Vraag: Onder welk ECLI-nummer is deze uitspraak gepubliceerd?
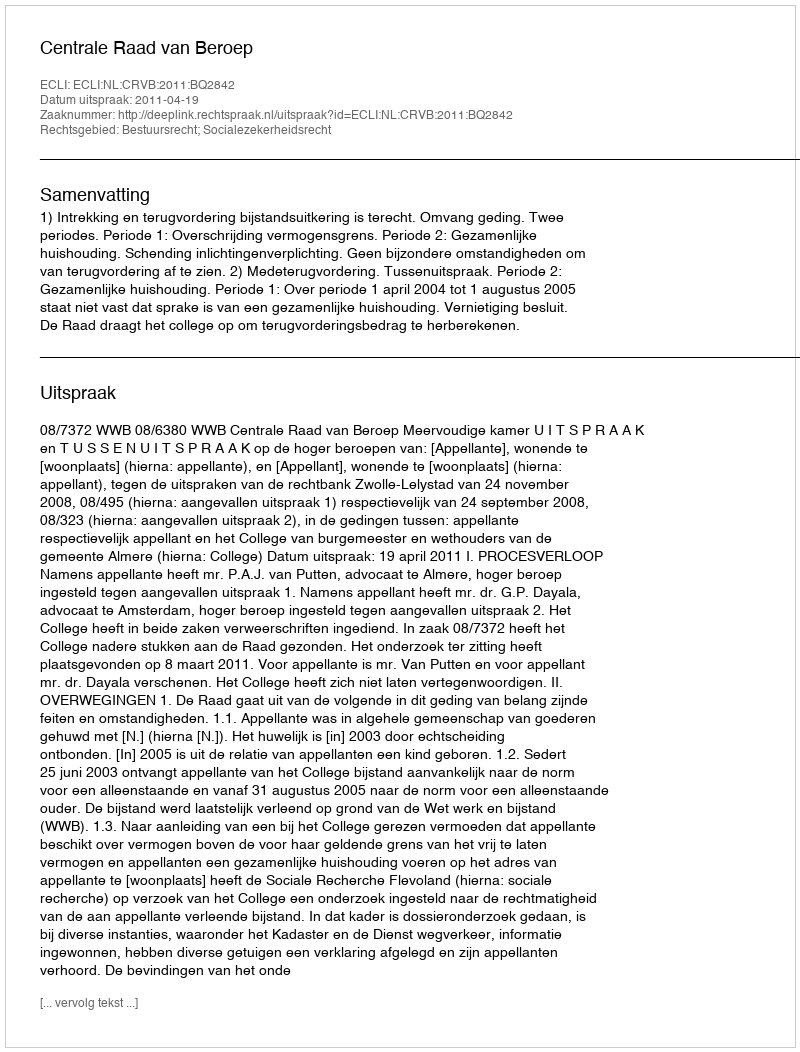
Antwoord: ECLI:NL:CRVB:2011:BQ2842